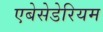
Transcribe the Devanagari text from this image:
एबेसेडेरियम